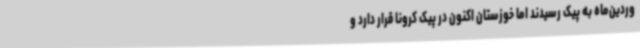
وردین‌ماه به پیک رسیدند اما خوزستان اکنون در پیک کرونا قرار دارد و